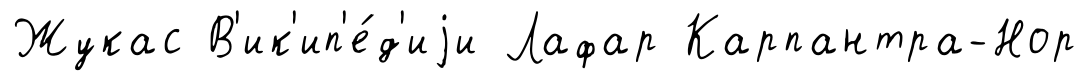
Жукас В'ик'ип'е́д'иjи Лафар Карпантра-Нор